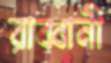
রাব্বানী